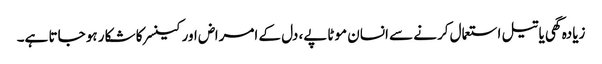
زیادہ گھی یا تیل استعمال کرنے سے انسان موٹاپے، دل کے امراض اور کینسر کا شکار ہو جاتا ہے۔